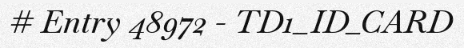
# Entry 48972 - TD1_ID_CARD